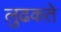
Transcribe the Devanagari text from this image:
लुढकते